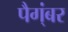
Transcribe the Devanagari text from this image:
पैग्ंबर